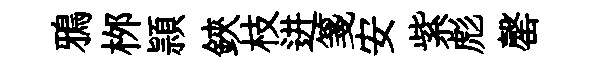
鴉桞頴鋏枝进箋安紫彪罄